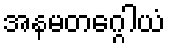
အနမတဂ္ဂေါယံ